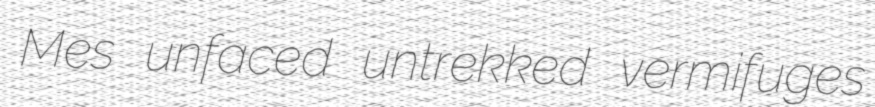
Mes unfaced untrekked vermifuges